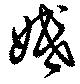
婚